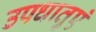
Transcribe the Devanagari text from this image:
उपधातुएं